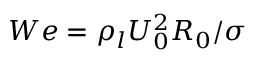
W e = \rho _ { l } U _ { 0 } ^ { 2 } R _ { 0 } / \sigma